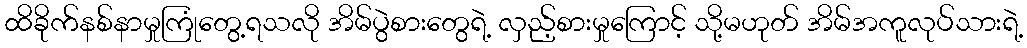
ထိခိုက်နစ်နာမှုကြုံတွေ့ရသလို အိမ်ပွဲစားတွေရဲ့ လှည့်စားမှုကြောင့် သို့မဟုတ် အိမ်အကူလုပ်သားရဲ့